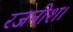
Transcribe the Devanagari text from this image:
रजनीश।